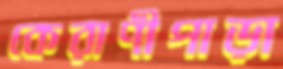
কেরাণীপাড়া